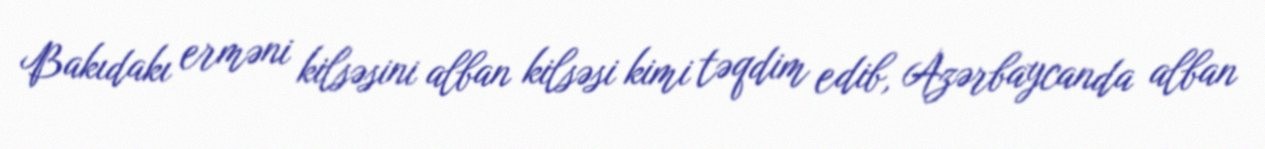
Bakıdakı erməni kilsəsini alban kilsəsi kimi təqdim edib, Azərbaycanda alban